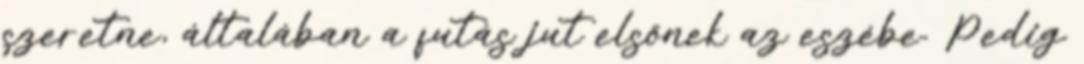
szeretne, általában a futás jut elsőnek az eszébe. Pedig